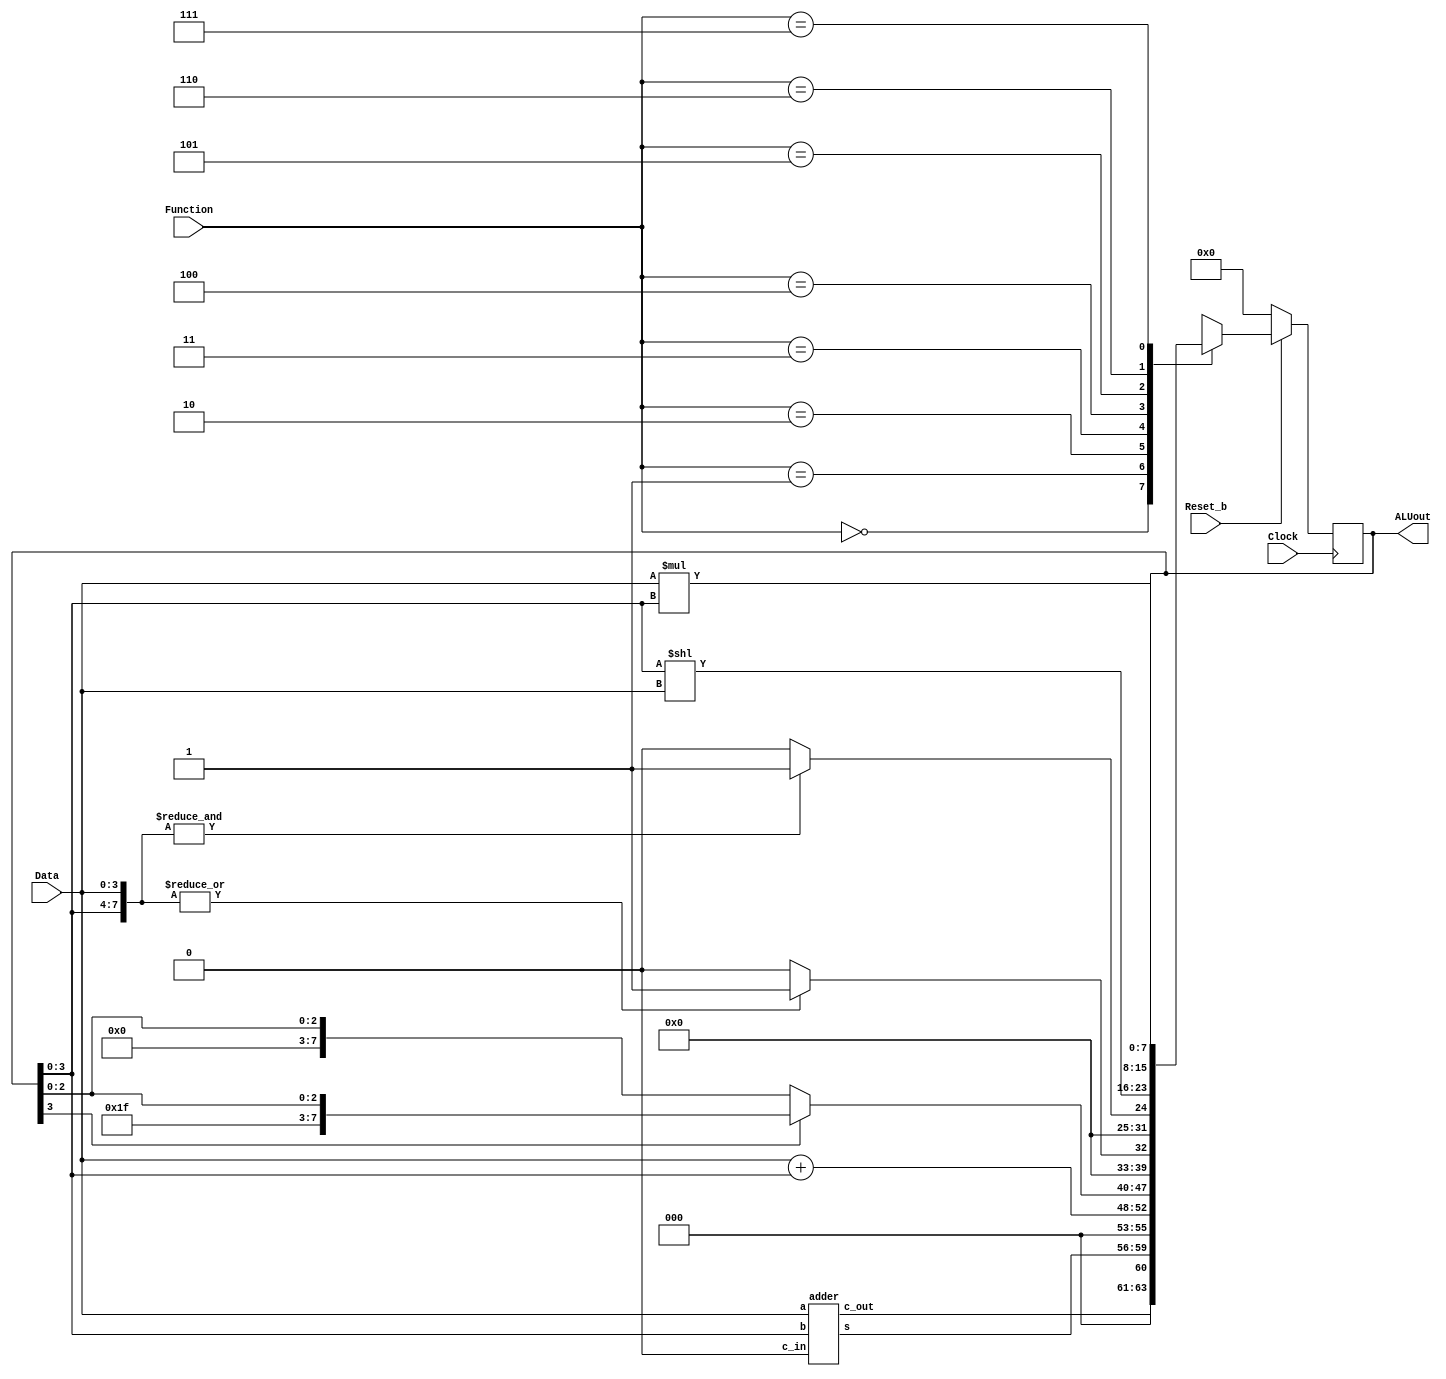
module part2(Clock, Reset_b, Data, Function, ALUout);
	input Clock, Reset_b;
	input [3:0] Data;
	input [2:0] Function;
	output reg [7:0] ALUout;
	wire [4:0] sum;
	adder u0( .a(Data),  .b(ALUout[3:0]), .c_in(1'b0), .c_out(sum[4]), .s(sum[3:0]));
	always@(posedge Clock)
	begin
		if (Reset_b == 1'b0)
			ALUout <= 8'b00000000;
		else
			case(Function[2:0])
			3'b000: ALUout <= {3'b000, sum}; 	// A + B using the adder from Part II of Lab 3
			3'b001: ALUout <= Data+ALUout[3:0];  // A + B using the Verilog `+' operator
			3'b010: if (ALUout[3] == 1'b0) 		// Sign extension of B to 8 bits
						ALUout <= {4'b0000, ALUout[3:0]};
					else
						ALUout <= {4'b1111, ALUout[3:0]}; 
			3'b011: if (|{Data,ALUout[3:0]} == 1)	// Output 8'b00000001 if at least 1 of the 8 bits in
													// the two inputs is 1 using a single OR operation
						ALUout <= 8'b00000001;
					else
						ALUout <= 8'b00000000;
			3'b100: if(&{Data,ALUout[3:0]} == 1)	//Output 8'b00000001 if all of the 8 bits in the
													//two inputs are 1 using a single AND operation
						ALUout <= 8'b00000001;
					else
						ALUout <= 8'b00000000;
						
			3'b101: ALUout <= ALUout[3:0] << Data;	// Left shift B by A bits using the Verilog shift operator
			3'b110: ALUout <= Data*ALUout[3:0]; 		// A X B using the Verilog `*' operator
			3'b111: ALUout <= ALUout; 				// register value does not change
			default: ALUout <= 8'b00000000;
			endcase
	end	
endmodule
	
module adder(a, b, c_in, s, c_out);
    input [3:0] a;
	input [3:0] b;
    input c_in;
    output c_out;
	output [3:0] s;
    wire c1, c2, c3;
    fulladder u0(a[0], b[0], c_in, s[0], c1);
	fulladder u1(a[1], b[1], c1, s[1], c2);
	fulladder u2(a[2], b[2], c2, s[2], c3);
	fulladder u3(a[3], b[3], c3, s[3], c_out);
endmodule

module fulladder(a,b,c_in,sum,c_out);
	input a,b,c_in;
    output c_out, sum;
	assign c_out = a * b + c_in * a + c_in * b;
	assign sum = c_in ^ a ^ b;
endmodule